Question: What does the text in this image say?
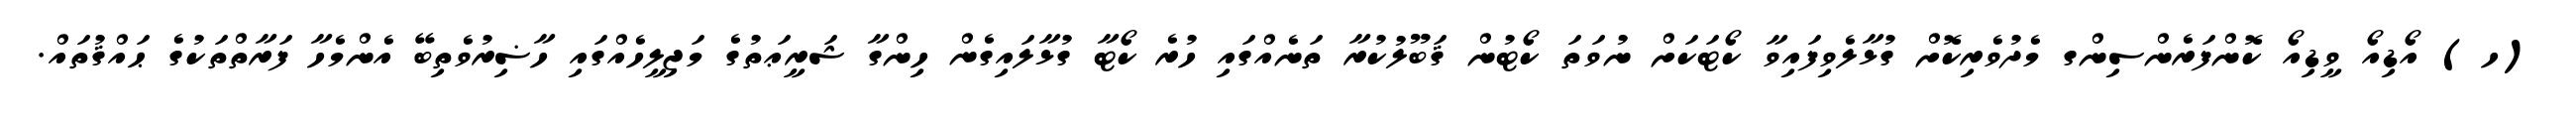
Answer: (ހ) އޯޑިއޯ ވީޑިއޯ ކޮންފަރެންސިންގ މެދުވެރިކޮށް ގުޅާލެވިފައިވާ ކޯޓަކަށް ނުވަތަ ކޯޓުން ޤަބޫލުކުރާ ތަނެއްގައި ހުރެ ކޯޓާ ގުޅާލައިގެން ހިންގާ ޝަރީޢަތުގެ މަޖިލީހެއްގައި ހާޟިރުވެތިބޭ އެންމެހާ ފަރާތްތަކުގެ ޙައްޤުތައް.